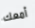
أمعك